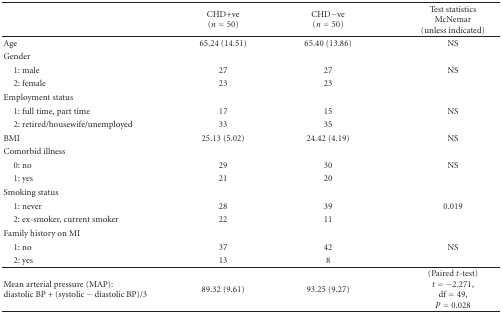
|  | CHD+ve (n = 50) | CHD−ve(n = 50) | Test statistics McNemar (unless indicated) |
 | --- | --- | --- | --- |
 | Age | 65.24 (14.51) | 65.40 (13.86) | NS |
 | Gender |  |  |  |
 | 1: male | 27 | 27 | NS |
 | 2: female | 23 | 23 |  |
 | Employment status |  |  |  |
 | 1: full time, part time | 17 | 15 | NS |
 | 2: retired/housewife/unemployed | 33 | 35 |  |
 | BMI | 25.13 (5.02) | 24.42 (4.19) | NS |
 | Comorbid illness |  |  |  |
 | 0: no | 29 | 30 | NS |
 | 1: yes | 21 | 20 |  |
 | Smoking status |  |  |  |
 | 1: never | 28 | 39 | 0.019 |
 | 2: ex-smoker, current smoker | 22 | 11 |  |
 | Family history on MI |  |  |  |
 | 1: no | 37 | 42 | NS |
 | 2: yes | 13 | 8 |  |
 | Mean arterial pressure (MAP): diastolic BP + (systolic − diastolic BP)/3 | 89.32 (9.61) | 93.25 (9.27) | (Paired t-test) t = −2.271, df = 49, P = 0.028 |